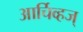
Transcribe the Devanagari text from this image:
आर्चिव्हज्